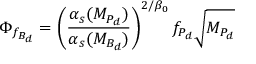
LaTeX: \Phi _ { f _ { B _ { d } } } = \left( \frac { \alpha _ { s } ( M _ { P _ { d } } ) } { \alpha _ { s } ( M _ { B _ { d } } ) } \right) ^ { 2 / \beta _ { 0 } } f _ { P _ { d } } \sqrt { M _ { P _ { d } } }